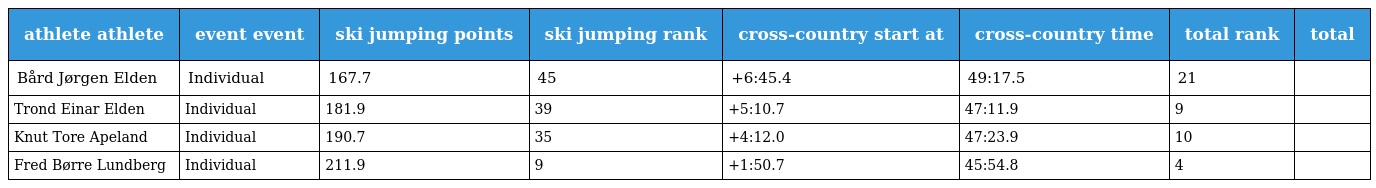
| athlete athlete | event event | ski jumping points | ski jumping rank | cross-country start at | cross-country time | total rank | total |
 | --- | --- | --- | --- | --- | --- | --- | --- |
 | Bård Jørgen Elden | Individual | 167.7 | 45 | +6:45.4 | 49:17.5 | 21 |  |
 | Trond Einar Elden | Individual | 181.9 | 39 | +5:10.7 | 47:11.9 | 9 |  |
 | Knut Tore Apeland | Individual | 190.7 | 35 | +4:12.0 | 47:23.9 | 10 |  |
 | Fred Børre Lundberg | Individual | 211.9 | 9 | +1:50.7 | 45:54.8 | 4 |  |